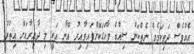
އެއްވެސް ދަތިކަމެއް ނެތްކަން ސިއްބެ ފާހަގަކޮށްފައިވާއިރު އޭނާ އަކީ މި ދާއިރާއަށް އިތުރު